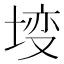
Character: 𡍣